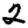
Digit: 2